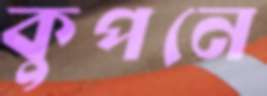
কুপনে